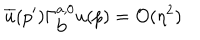
\overline { { u } } ( p ^ { \prime } ) \Gamma _ { \mathrm { b } } ^ { a , 0 } u ( p ) = { \cal O } ( \eta ^ { 2 } )